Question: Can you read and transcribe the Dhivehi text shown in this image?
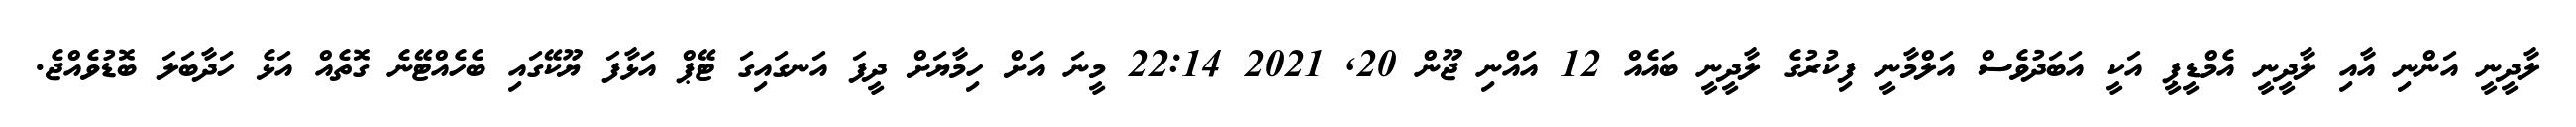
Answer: ލާދީނީ އަންނި އާއި ލާދީނީ އެމްޑީޕީ އަކީ އަބަދުވެސް އަލްމާނީ ފިކުރުގެ ލާދީނީ ބައެއް 12 އައްނި ޖޫން 20, 2021 22:14 މީނަ އަށް ހިމާޔަށް ދީފަ އަނގައިގަ ޓޭޕް އަޅާފަ ޔޫކޭގައި ބެހެއްޓޭނެ ގޮތެއް އަޅެ ހަދާބަލަ ބޮޑުވެއްޖެ.